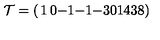
{ \cal T } = \left( \begin{matrix} { 1 } & { 0 } & { - 1 } & { - 1 } & { - 3 } \\ { 0 } & { 1 } & { 4 } & { 3 } & { 8 } \\ \end{matrix} \right)